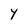
Character: Y